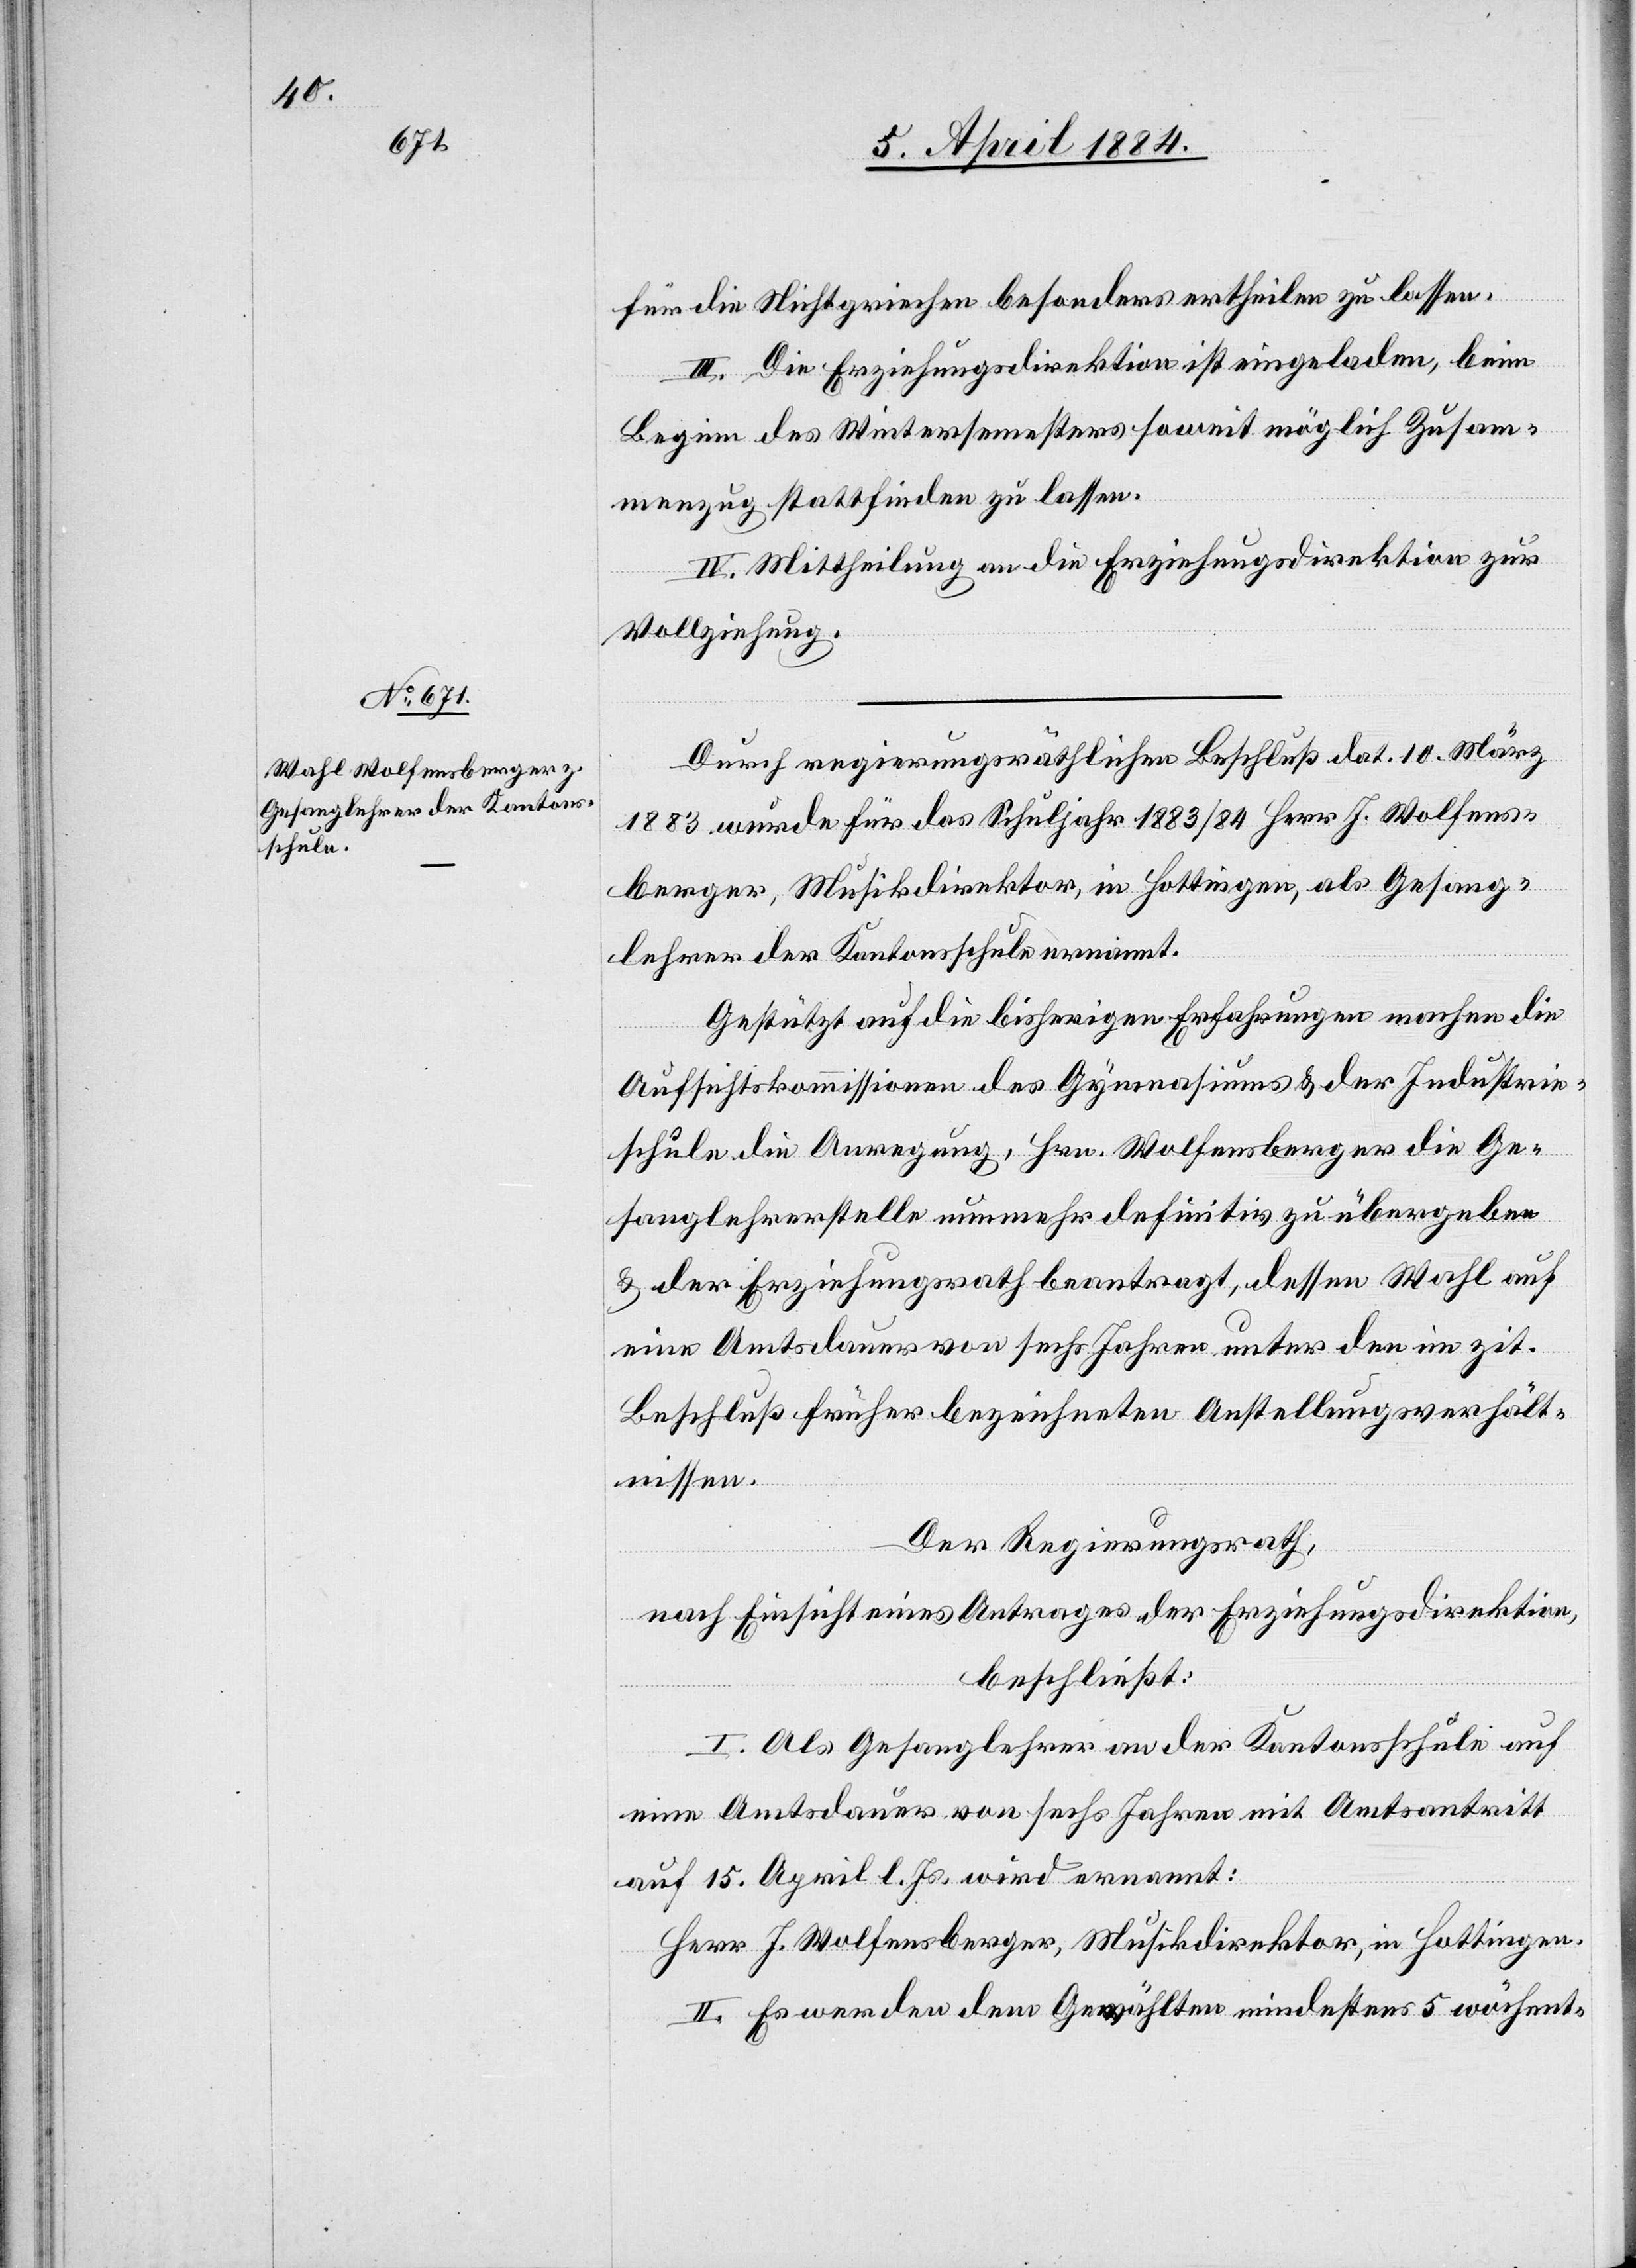
für die Nichtgriechen besonders ertheilen zu lassen.
III. Die Erziehungsdirektion ist eingeladen, beim
Beginn des Wintersemesters soweit möglich Zusam¬
menzug stattfinden zu lassen.
IV. Mittheilung an die Erziehungsdirektion zur
Vollziehung.
Durch regierungsräthlichen Beschluß dat. 10. März
1883 wurde für das Schuljahr 1883/84 Herr J. Wolfens¬
berger, Musikdirektor, in Hottingen, als Gesangs¬
lehrer der Kantonsschule ernannt.
Gestützt auf die bisherigen Erfahrungen machen die
Aufsichtskommissionen des Gymnasiums & der Industrie¬
schule die Anregung, Hrn. Wolfensberger die Ge¬
sanglehrerstelle nunmehr definitiv zu übergeben
& der Erziehungsrath beantragt, dessen Wahl auf
eine Amtsdauer von sechs Jahren unter den im zit.
Beschluß früher bezeichneten Anstellungsverhält¬
nissen.
Der Regierungsrath,
nach Einsicht eines Antrages der Erziehungsdirektion,
beschließt:
I. Als Gesangslehrer an der Kantonsschule auf
eine Amtsdauer von sechs Jahren mit Amtsantritt
auf 15. April l. Js. wird ernannt:
Herr J. Wolfensberger, Musikdirektor, in Hottingen.
II. Es werden dem Gewählten mindestens 5 wöchent-